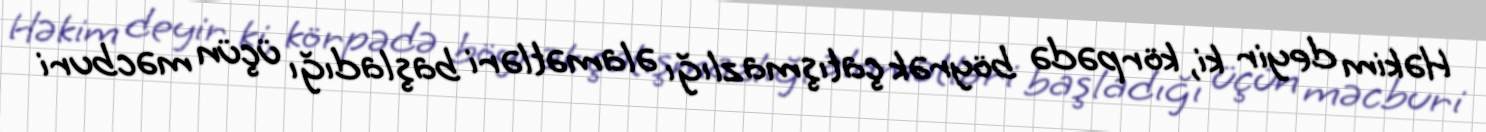
Həkim deyir ki, körpədə böyrək çatışmazlığı əlamətləri başladığı üçün məcburi